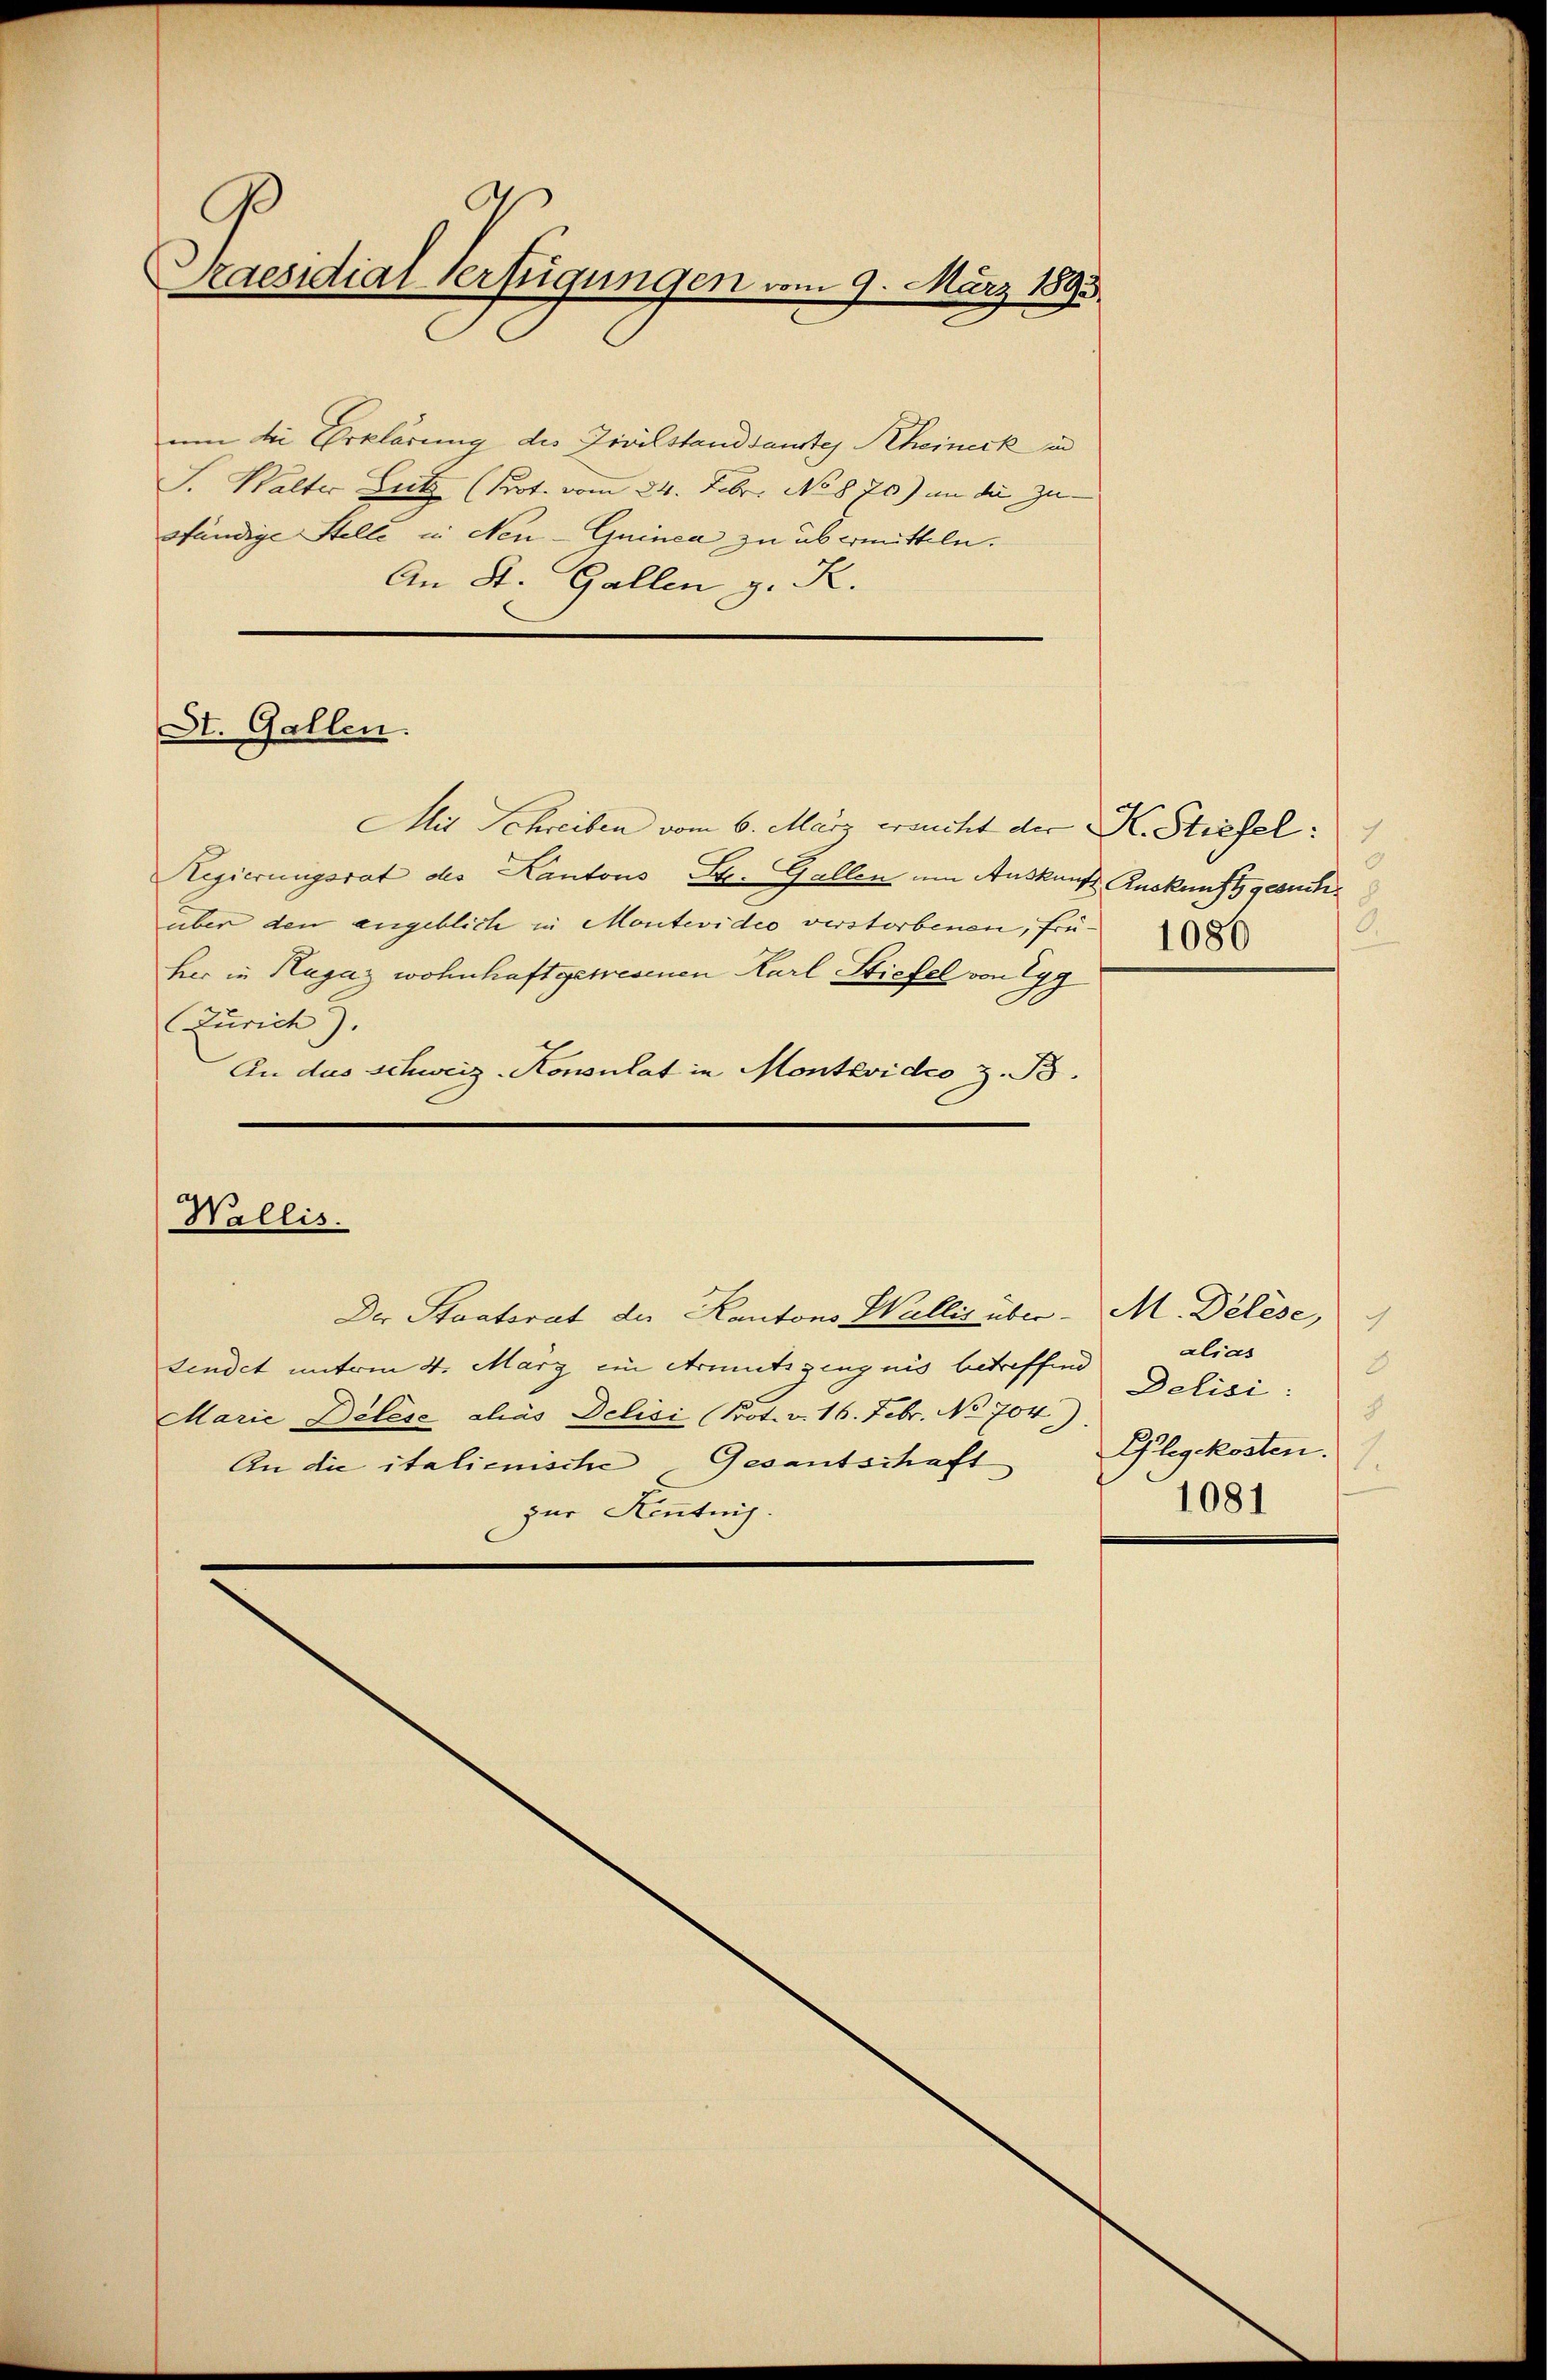
p
Praesidial-Verfügungen vom 9. März 1893

Dt. Gallen.

um die Erklärung des Zivilstandsanstes Rheineck in
S. Walter Britz (Prot. vom 24. Febr. No 870) in die zu-
ständige Stelle in Neu-Guinca zu übermitteln.
An St. Gallen z. R.
Mit Schreiben vom 6. März ersucht der K. Stiefel:
Regierungsrat des Kantons St. Gallen um Auskauf Auskunft gesuchüber den angeblich in Montevideo verstorbenen, frü
her in Hagaz wohnhaft gewesenen Karl Stiefel von Egg
Zürich).
An das Schweiz-Konsulat in Montevideo z. B.

Wallis.

Der Staatsrat der Kantons Wallis über M. Délése,
findet unterm 4. März ein Armutszeugnis betreffend
Marie Delese chas Delisi (Prot. v. 16. Febr. No 704).
An die italienische Gesantschaft
zur Kenntnis.

alias
8
Delisi:
8
Glegekosten.
1081